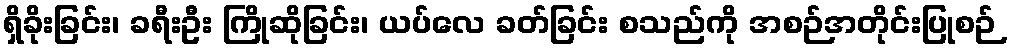
ရှိခိုးခြင်း၊ ခရီးဦး ကြိုဆိုခြင်း၊ ယပ်လေ ခတ်ခြင်း စသည်ကို အစဉ်အတိုင်းပြုစဉ်